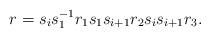
LaTeX: \begin{align*}r=s_i s^{-1}_1 r_1 s_1 s_{i+1} r_2 s_i s_{i+1} r_3.\end{align*}